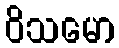
ဝိသမော